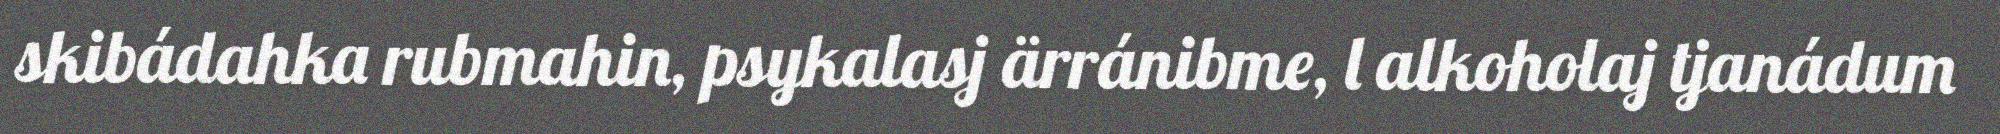
skibádahka rubmahin, psykalasj ärránibme, l alkoholaj tjanádum